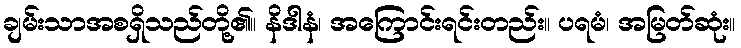
ချမ်းသာအစရှိသည်တို့၏။ နိဒါနံ၊ အကြောင်းရင်းတည်း။ ပရမံ၊ အမြတ်ဆုံး။